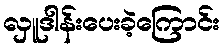
လှူဒါန်းပေးခဲ့ကြောင်း